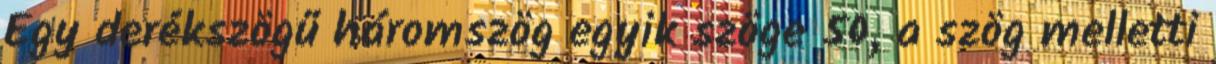
Egy derékszögű háromszög egyik szöge 50, a szög melletti